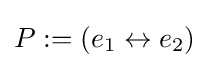
P:=\left({e}_{1}\leftrightarrow {e}_{2}\right)